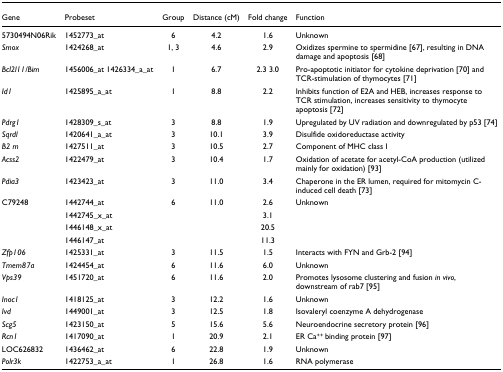
<table><thead><tr><td><b>Gene</b></td><td><b>Probeset</b></td><td><b>Group</b></td><td><b>Distance (cM)</b></td><td><b>Fold change</b></td><td><b>Function</b></td></tr></thead><tbody><tr><td>5730494N06Rik</td><td>1452773_at</td><td>6</td><td>4.2</td><td>1.6</td><td>Unknown</td></tr><tr><td><i>Smox</i></td><td>1424268_at</td><td>1, 3</td><td>4.6</td><td>2.9</td><td>Oxidizes spermine to spermidine [67], resulting in DNA damage and apoptosis [68]</td></tr><tr><td><i>Bcl2l11/Bim</i></td><td>1456006_at 1426334_a_at</td><td>1</td><td>6.7</td><td>2.3 3.0</td><td>Pro-apoptotic initiator for cytokine deprivation [70] and TCR-stimulation of thymocytes [71]</td></tr><tr><td><i>Id1</i></td><td>1425895_a_at</td><td>1</td><td>8.8</td><td>2.2</td><td>Inhibits function of E2A and HEB, increases response to TCR stimulation, increases sensitivity to thymocyte apoptosis [72]</td></tr><tr><td><i>Pdrg1</i></td><td>1428309_s_at</td><td>3</td><td>8.8</td><td>1.9</td><td>Upregulated by UV radiation and downregulated by p53 [74]</td></tr><tr><td><i>Sqrdl</i></td><td>1420641_a_at</td><td>3</td><td>10.1</td><td>3.9</td><td>Disulfide oxidoreductase activity</td></tr><tr><td><i>B2 m</i></td><td>1427511_at</td><td>3</td><td>10.5</td><td>2.7</td><td>Component of MHC class I</td></tr><tr><td><i>Acss2</i></td><td>1422479_at</td><td>3</td><td>10.4</td><td>1.7</td><td>Oxidation of acetate for acetyl-CoA production (utilized mainly for oxidation) [93]</td></tr><tr><td><i>Pdia3</i></td><td>1423423_at</td><td>3</td><td>11.0</td><td>3.4</td><td>Chaperone in the ER lumen, required for mitomycin C-induced cell death [73]</td></tr><tr><td>C79248</td><td>1442744_at</td><td>6</td><td>11.0</td><td>2.6</td><td>Unknown</td></tr><tr><td></td><td>1442745_x_at</td><td></td><td></td><td>3.1</td><td></td></tr><tr><td></td><td>1446148_x_at</td><td></td><td></td><td>20.5</td><td></td></tr><tr><td></td><td>1446147_at</td><td></td><td></td><td>11.3</td><td></td></tr><tr><td><i>Zfp106</i></td><td>1425331_at</td><td>3</td><td>11.5</td><td>1.5</td><td>Interacts with FYN and Grb-2 [94]</td></tr><tr><td><i>Tmem87a</i></td><td>1424454_at</td><td>6</td><td>11.6</td><td>6.0</td><td>Unknown</td></tr><tr><td><i>Vps39</i></td><td>1451720_at</td><td>6</td><td>11.6</td><td>2.0</td><td>Promotes lysosome clustering and fusion <i>in vivo</i>, downstream of rab7 [95]</td></tr><tr><td><i>Inoc1</i></td><td>1418125_at</td><td>3</td><td>12.2</td><td>1.6</td><td>Unknown</td></tr><tr><td><i>Ivd</i></td><td>1449001_at</td><td>3</td><td>12.5</td><td>1.8</td><td>Isovaleryl coenzyme A dehydrogenase</td></tr><tr><td><i>Scg5</i></td><td>1423150_at</td><td>5</td><td>15.6</td><td>5.6</td><td>Neuroendocrine secretory protein [96]</td></tr><tr><td><i>Rcn1</i></td><td>1417090_at</td><td>1</td><td>20.9</td><td>2.1</td><td>ER Ca<sup>++ </sup>binding protein [97]</td></tr><tr><td>LOC626832</td><td>1436462_at</td><td>6</td><td>22.8</td><td>1.9</td><td>Unknown</td></tr><tr><td><i>Polr3k</i></td><td>1422753_a_at</td><td>1</td><td>26.8</td><td>1.6</td><td>RNA polymerase</td></tr></tbody></table>